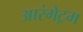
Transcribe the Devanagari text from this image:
आरंगेट्रम